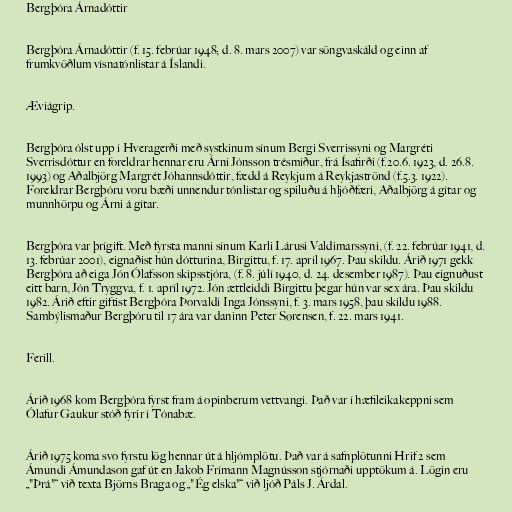
Bergþóra Árnadóttir

Bergþóra Árnadóttir (f. 15. febrúar 1948; d. 8. mars 2007) var söngvaskáld og einn af
frumkvöðlum vísnatónlistar á Íslandi.

Æviágrip.

Bergþóra ólst upp í Hveragerði með systkinum sínum Bergi Sverrissyni og Margréti
Sverrisdóttur en foreldrar hennar eru Árni Jónsson trésmiður, frá Ísafirði (f.20.6. 1923, d. 26.8.
1993) og Aðalbjörg Margrét Jóhannsdóttir, fædd á Reykjum á Reykjaströnd (f.5.3. 1922).
Foreldrar Bergþóru voru bæði unnendur tónlistar og spiluðu á hljóðfæri, Aðalbjörg á gítar og
munnhörpu og Árni á gítar.

Bergþóra var þrígift. Með fyrsta manni sínum Karli Lárusi Valdimarssyni, (f. 22. febrúar 1941, d.
13. febrúar 2001), eignaðist hún dótturina, Birgittu, f. 17. apríl 1967. Þau skildu. Árið 1971 gekk
Bergþóra að eiga Jón Ólafsson skipsstjóra, (f. 8. júlí 1940, d. 24. desember 1987). Þau eignuðust
eitt barn, Jón Tryggva, f. 1. apríl 1972. Jón ættleiddi Birgittu þegar hún var sex ára. Þau skildu
1982. Árið eftir giftist Bergþóra Þorvaldi Inga Jónssyni, f. 3. mars 1958, þau skildu 1988.
Sambýlismaður Bergþóru til 17 ára var daninn Peter Sørensen, f. 22. mars 1941.

Ferill.

Árið 1968 kom Bergþóra fyrst fram á opinberum vettvangi. Það var í hæfileikakeppni sem
Ólafur Gaukur stóð fyrir í Tónabæ.

Árið 1975 koma svo fyrstu lög hennar út á hljómplötu. Það var á safnplötunni Hrif 2 sem
Ámundi Ámundason gaf út en Jakob Frímann Magnússon stjórnaði upptökum á. Lögin eru
„"Þrá"“ við texta Björns Braga og „"Ég elska"“ við ljóð Páls J. Árdal.